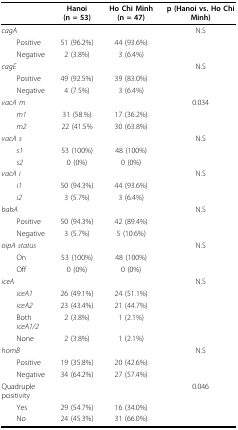
|  | Hanoi (n = 53) | Ho Chi Minh (n = 47) | p (Hanoi vs. Ho Chi Minh) |
 | --- | --- | --- | --- |
 | cagA |  |  | N.S |
 | Positive | 51 (96.2%) | 44 (93.6%) |  |
 | Negative | 2 (3.8%) | 3 (6.4%) |  |
 | cagE |  |  | N.S |
 | Positive | 49 (92.5%) | 39 (83.0%) |  |
 | Negative | 4 (7.5%) | 3 (6.4%) |  |
 | vacA m |  |  | 0.034 |
 | m1 | 31 (58.%) | 17 (36.2%) |  |
 | m2 | 22 (41.5% | 30 (63.8%) |  |
 | vacA s |  |  | N.S |
 | s1 | 53 (100%) | 48 (100%) |  |
 | s2 | 0 (0%) | 0 (0%) |  |
 | vacA i |  |  | N.S |
 | i1 | 50 (94.3%) | 44 (93.6%) |  |
 | i2 | 3 (5.7%) | 3 (6.4%) |  |
 | babA |  |  | N.S |
 | Positive | 50 (94.3%) | 42 (89.4%) |  |
 | Negative | 3 (5.7%) | 5 (10.6%) |  |
 | oipA status |  |  | N.S |
 | On | 53 (100%) | 48 (100%) |  |
 | Off | 0 (0%) | 0 (0%) |  |
 | iceA |  |  | N.S |
 | iceA1 | 26 (49.1%) | 24 (51.1%) |  |
 | iceA2 | 23 (43.4%) | 21 (44.7%) |  |
 | Both iceA1/2 | 2 (3.8%) | 1 (2.1%) |  |
 | None | 2 (3.8%) | 1 (2.1%) |  |
 | homB |  |  | N.S |
 | Positive | 19 (35.8%) | 20 (42.6%) |  |
 | Negative | 34 (64.2%) | 27 (57.4%) |  |
 | Quadruple positivity |  |  | 0.046 |
 | Yes | 29 (54.7%) | 16 (34.0%) |  |
 | No | 24 (45.3%) | 31 (66.0%) |  |